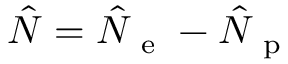
\hat { N } = \hat { N } _ { \mathrm { ~ e ~ } } - \hat { N } _ { \mathrm { ~ p ~ } }